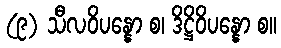
(၉) သီလဝိပန္နော စ၊ ဒိဋ္ဌိဝိပန္နော စ။